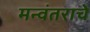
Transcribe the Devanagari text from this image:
मन्वंतराचे